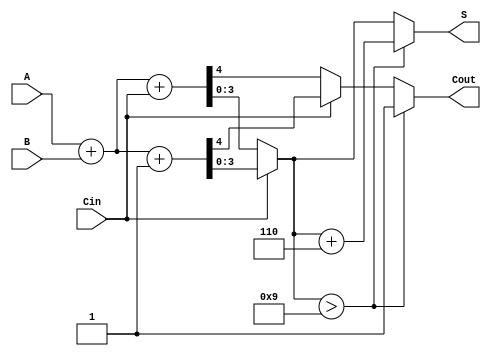
module BCD_MCSA (
    input [3:0] A,    // BCD input A
    input [3:0] B,    // BCD input B
    input Cin,        // Carry-in
    output reg [3:0] S, // BCD sum output
    output reg Cout    // Carry-out
);

    // Intermediate signals
    wire [4:0] sum0; // Sum when Cin = 0
    wire [4:0] sum1; // Sum when Cin = 1
    wire C0, C1;     // Carry-out for both sums

    // Initial addition for Cin = 0
    assign sum0 = A + B + Cin; // 4-bit sum + 1-bit carry
    assign C0 = sum0[4];       // Carry-out for Cin = 0

    // Initial addition for Cin = 1
    assign sum1 = A + B + 1'b1; // 4-bit sum + 1-bit carry
    assign C1 = sum1[4];        // Carry-out for Cin = 1

    // Select the appropriate sum and carry based on Cin
    always @(*) begin
        if (Cin == 1'b0) begin
            S = sum0[3:0]; // Select sum when Cin = 0
            Cout = C0;     // Select carry-out when Cin = 0
        end else begin
            S = sum1[3:0]; // Select sum when Cin = 1
            Cout = C1;     // Select carry-out when Cin = 1
        end

        // BCD Correction if necessary
        if (S > 4'b1001) begin
            S = S + 4'b0110; // Add 6 for BCD correction
            Cout = Cout | 1'b1; // Set carry-out if correction is applied
        end
    end

endmodule